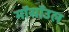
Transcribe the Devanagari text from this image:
मॉसॉउल